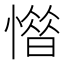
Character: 𢡽